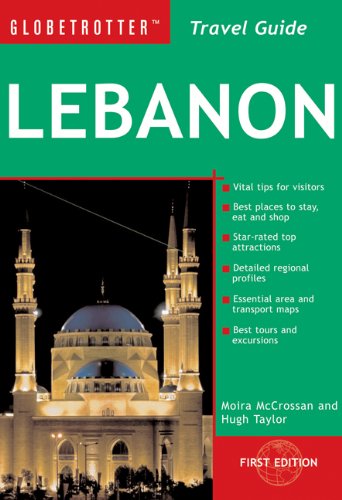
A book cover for Lebanon Travel Pack, 4th (Globetrotter Travel Packs); Hugh Taylor; Travel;